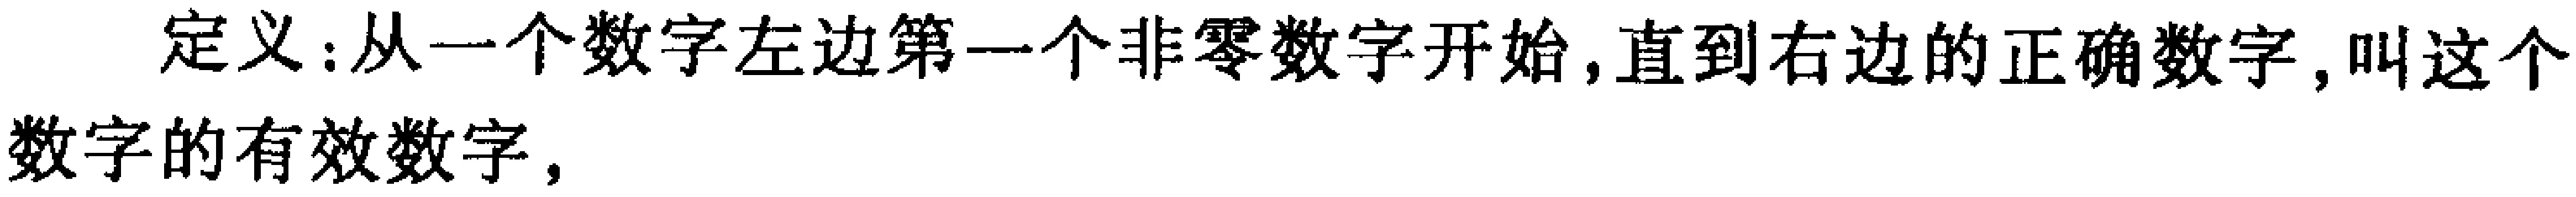
定义：从一个数字左边第一个非零数字开始,直到右边的正确数字,叫这个数字的有效数字,